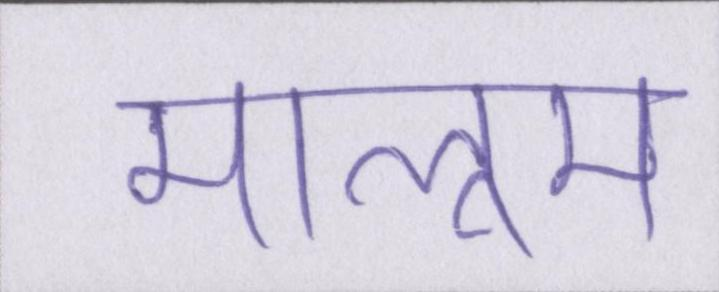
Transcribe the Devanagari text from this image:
मालूम